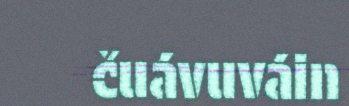
čuávuváin